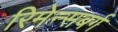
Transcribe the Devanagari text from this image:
रिमेन्सबर्ग